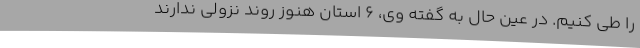
را طی کنیم. در عین حال به گفته وی، ۶ استان هنوز روند نزولی ندارند